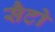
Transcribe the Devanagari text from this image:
सैटो